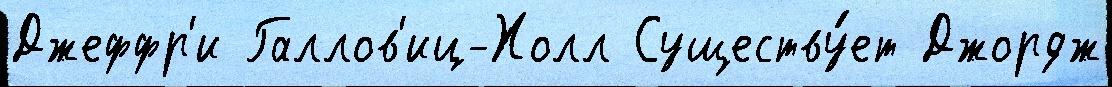
Джеффр'и Галлов'иц-Холл Существу́ет Джордж